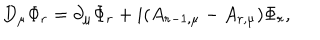
D _ { \mu } \Phi _ { r } = \partial _ { \mu } \Phi _ { r } + i ( A _ { r - 1 , \mu } - A _ { r , \mu } ) \Phi _ { r } ,